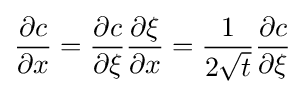
{\frac {\partial c}{\partial x}}={\frac {\partial c}{\partial \xi }}{\frac {\partial \xi }{\partial x}}={\frac {1}{2{\sqrt {t}}}}{\frac {\partial c}{\partial \xi }}